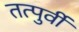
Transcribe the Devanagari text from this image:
तत्‍पुर्वी